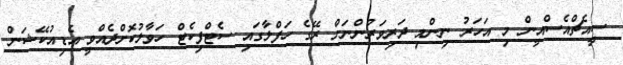
ސީއެޗްއެސްއީން މި އަހަރު ނިންމި ދަރިވަރުންނަށް ރޭގެ ހަފްލާގައި ސެޓްފިކެޓް ހަވާލުކޮށްދެއްވީ އެޑިއުކޭޝަން